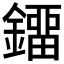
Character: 鐂